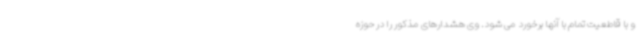
و با قاطعیت تمام با آنها برخورد می شود. وی هشدارهای مذکور را در حوزه